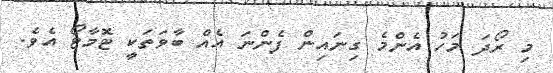
މި ރޯދަ މަހު އެންމެ ގިނައިން ފެންނަ އެއް ބާވަތަކީ ޓޮމާޓޯ އެވެ.